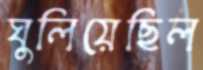
ঘুলিয়েছিল